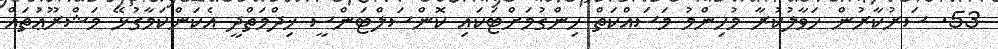
53. ސަރުކާރުން ހަވާލުކުރާ މުހިންމު މަސައްކަތް ހިންގުމަށްޓަކައި ކޮންސަލްޓަންސީ ޚިދްމަތްދީ އެކަންކަމާގުޅޭ މަޝްރޫޢުތައް